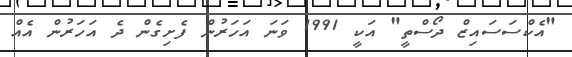
"އެކްސަސައިޒް ދޯސްތީ" އަކީ 1991 ވަނަ އަހަރުން ފެށިގެން ދެ އަހަރުން އެއް